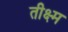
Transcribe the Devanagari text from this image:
तीक्ष्म